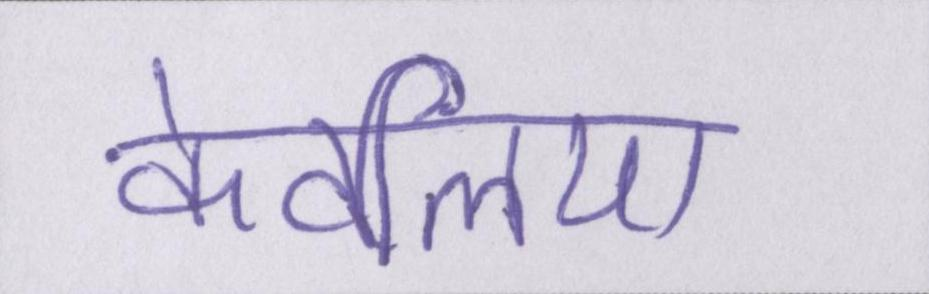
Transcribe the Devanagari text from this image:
केवलिया